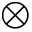
\otimes